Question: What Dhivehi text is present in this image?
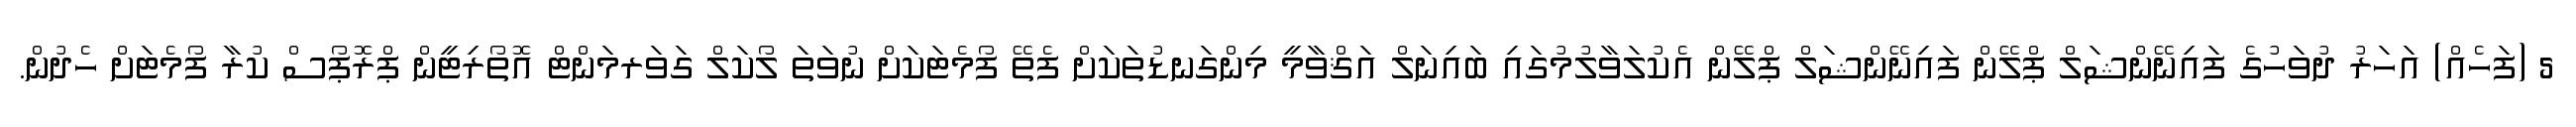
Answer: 5 (ފަހެއް) އަހަރު ދުވަހުގެ ފައިނޭންޝަލް ޕްލޭން ފައިނޭންޝަލް ޕްލޭން އެކުލަވާލުމުގައި ބައިނަލް އަޤްވާމީ މިންގަނޑުތަކަށް ފެތޭ ފޯމެޓަކަށް ނުވަތަ ލޯކަލް ގަވަރމަންޓް އޮތޯރިޓީން ޕްރޮޕޯސް ކުރާ ފޯމެޓަށް ހެދުން.